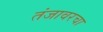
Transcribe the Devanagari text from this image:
तंजावरचा